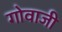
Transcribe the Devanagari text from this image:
गोवाजी